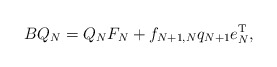
\begin{align*} BQ_N=Q_NF_N+f_{N+1,N}q_{N+1}e_N^\mathrm{T},\end{align*}